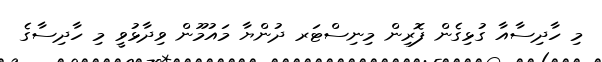
މި ހާދިސާއާ ގުޅިގެން ފޮރިން މިނިސްޓަރ ދުންޔާ މައުމޫން ވިދާޅުވީ މި ހާދިސާގެ